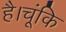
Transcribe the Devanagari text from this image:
है।चूंकि